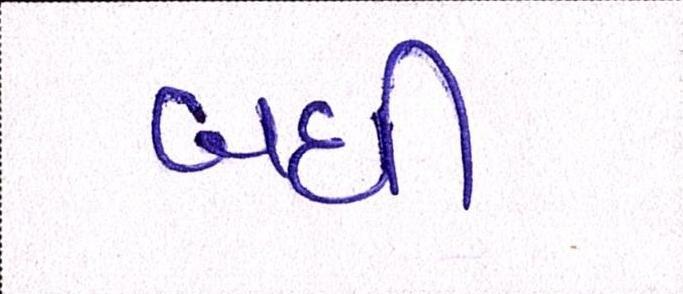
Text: બધી